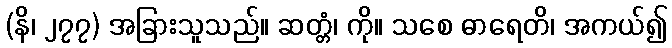
(နိ၊ ၂၇၇) အခြားသူသည်။ ဆတ္တံ၊ ကို။ သစေ ဓာရေတိ၊ အကယ်၍